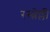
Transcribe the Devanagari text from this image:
रस्त्रेल्ली